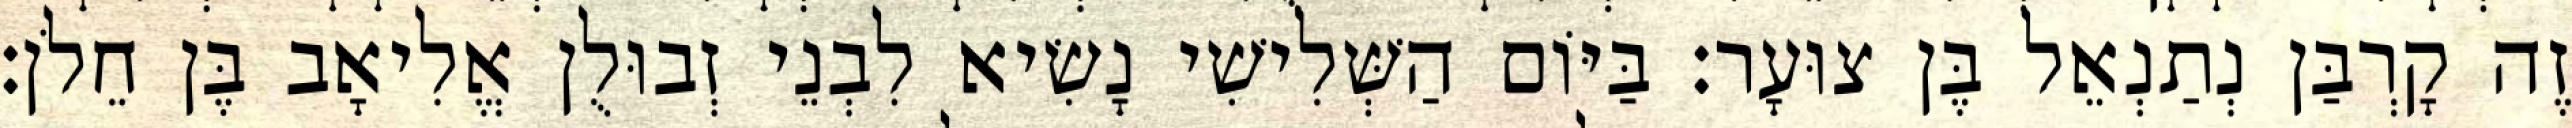
זֶה קָרְבַּן נְתַנְאֵל בֶּן צוּעָר׃ בַּיּוֹם הַשְּׁלִישִׁי נָשִׂיא לִבְנֵי זְבוּלֻן אֱלִיאָב בֶּן חֵלֹן׃